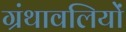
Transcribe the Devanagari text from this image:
ग्रंथावलियों